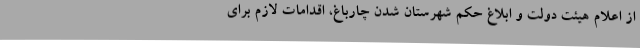
از اعلام هیئت دولت و ابلاغ حکم شهرستان شدن چارباغ، اقدامات لازم برای